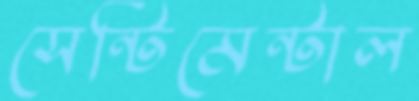
সেন্টিমেন্টাল